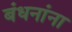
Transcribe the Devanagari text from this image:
बंधनांना